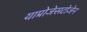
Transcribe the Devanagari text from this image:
याप्रोजेसटोजेन